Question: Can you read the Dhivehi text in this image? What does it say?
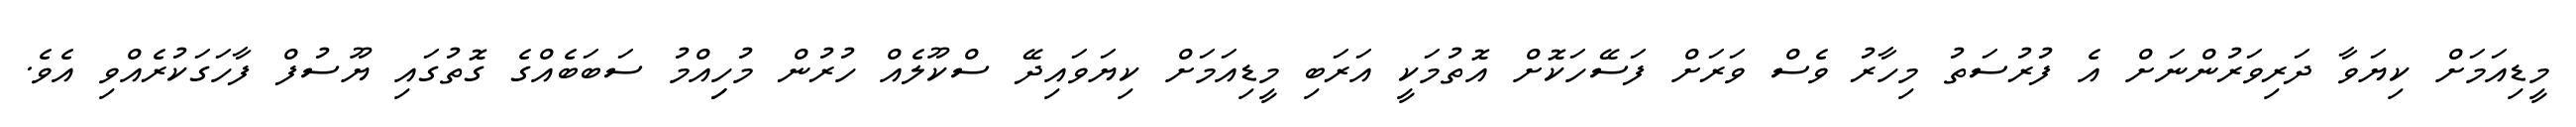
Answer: މީޑިއަމަށް ކިޔަވާ ދަރިވަރުންނަށް އެ ފުރުސަތު މިހާރު ވެސް ވަރަށް ފަސޭހަކޮށް އޮތުމަކީ އަރަބި މީޑިއަމަށް ކިޔަވައިދޭ ސްކޫލެއް ހުރުން މުހިިއްމު ސަބަބެއްގެ ގޮތުގައި ޔޫސުފް ފާހަގަކުރެއްވި އެވެ.